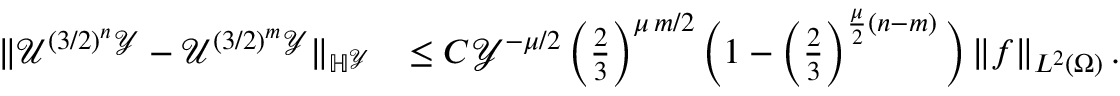
\begin{array} { r l } { \| \mathcal { U } ^ { ( 3 / 2 ) ^ { n } \mathcal { Y } } - \mathcal { U } ^ { ( 3 / 2 ) ^ { m } \mathcal { Y } } \| _ { \mathbb { H } ^ { \mathcal { Y } } } } & { \leq C \mathcal { Y } ^ { - \mu / 2 } \left( \frac { 2 } { 3 } \right) ^ { \mu \, m / 2 } \Big ( 1 - \left( \frac { 2 } { 3 } \right) ^ { \frac { \mu } { 2 } ( n - m ) } \Big ) \left\| f \right\| _ { L ^ { 2 } ( \Omega ) } . } \end{array}